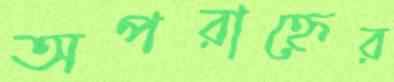
অপরাহ্নের